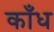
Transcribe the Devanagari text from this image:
काँध